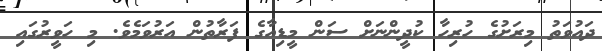
ދައުވަތު މިރަށުގެ ހުރިހާ ކުދީންނަށް ސަން މީޑިއާގެ ފަރާތުން އަރުވަމެވެ. މި ހަވީރުގައި